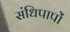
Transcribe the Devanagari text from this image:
संधिपापों